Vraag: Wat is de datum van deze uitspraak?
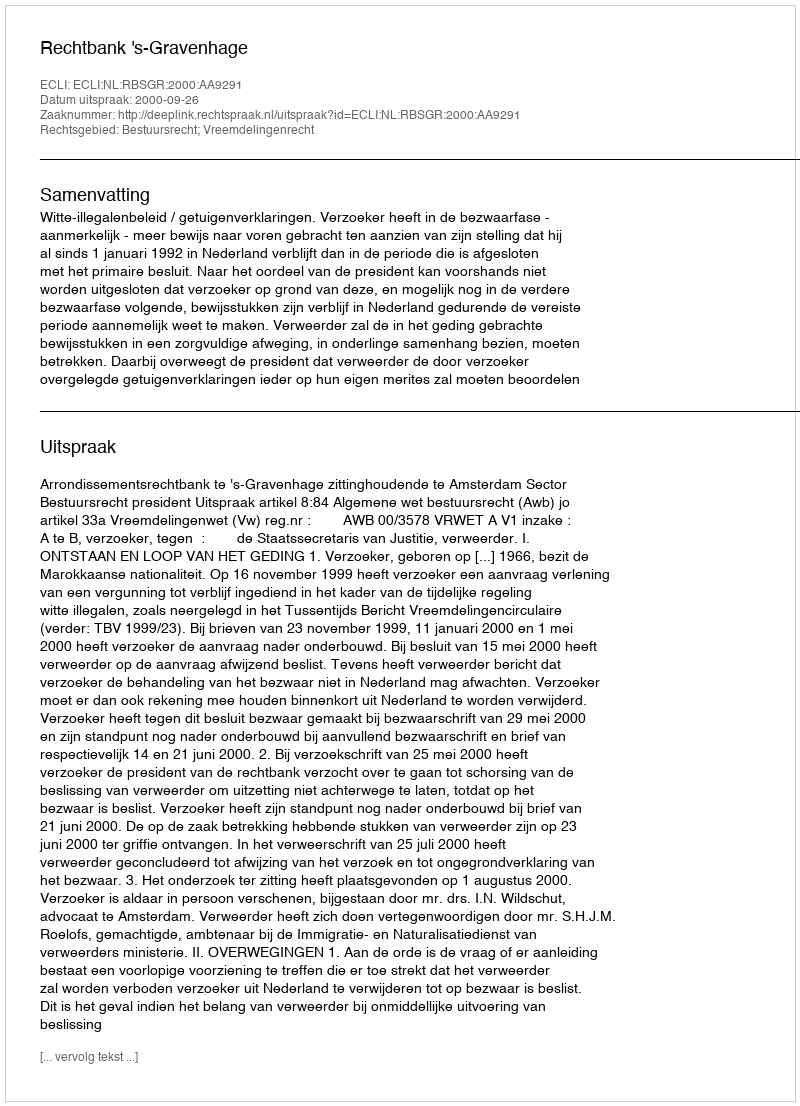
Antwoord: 2000-09-26